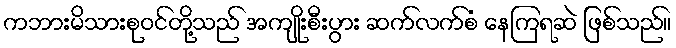
ကဘားမိသားစုဝင်တို့သည် အကျိုးစီးပွား ဆက်လက်စံ နေကြရဆဲ ဖြစ်သည်။